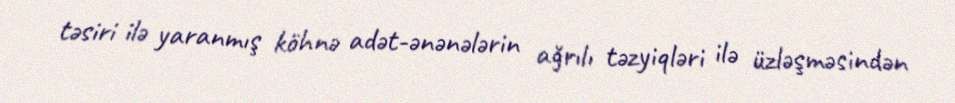
təsiri ilə yaranmış köhnə adət-ənənələrin ağrılı təzyiqləri ilə üzləşməsindən